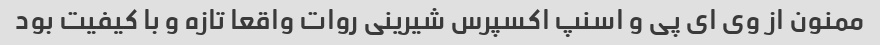
ممنون از وی ای پی و اسنپ اکسپرس شیرینی روات واقعا تازه و با کیفیت بود